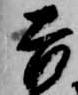
吉